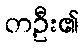
တဦး၏